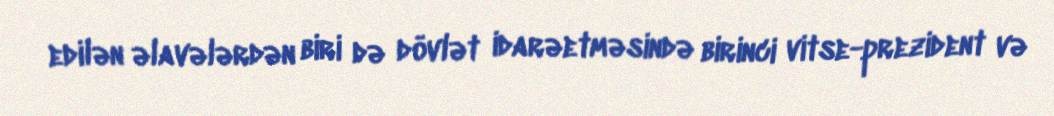
edilən əlavələrdən biri də dövlət idarəetməsində birinci vitse-prezident və